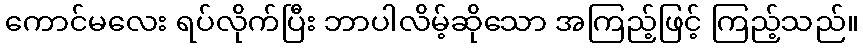
ကောင်မလေး ရပ်လိုက်ပြီး ဘာပါလိမ့်ဆိုသော အကြည့်ဖြင့် ကြည့်သည်။